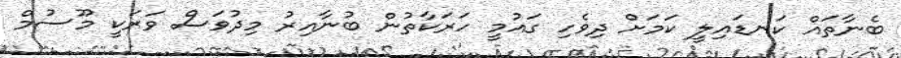
ބެނާތައް ކަނޑައިލީ ކަމަށް ދިވެހި ގައުމީ ހަރަކާތުން ބުނާއިރު މިދުވަސް ވަރަކީ މޫސުމް